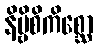
နိဗ္ဗိစိကိစ္ဆော